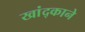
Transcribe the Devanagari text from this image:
खांद्काने